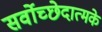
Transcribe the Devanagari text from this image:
सर्वोच्छेदात्मके